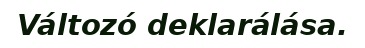
Változó deklarálása.